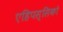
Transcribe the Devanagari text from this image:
एहिपस्सिको